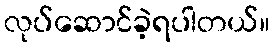
လုပ်ဆောင်ခဲ့ရပါတယ်။